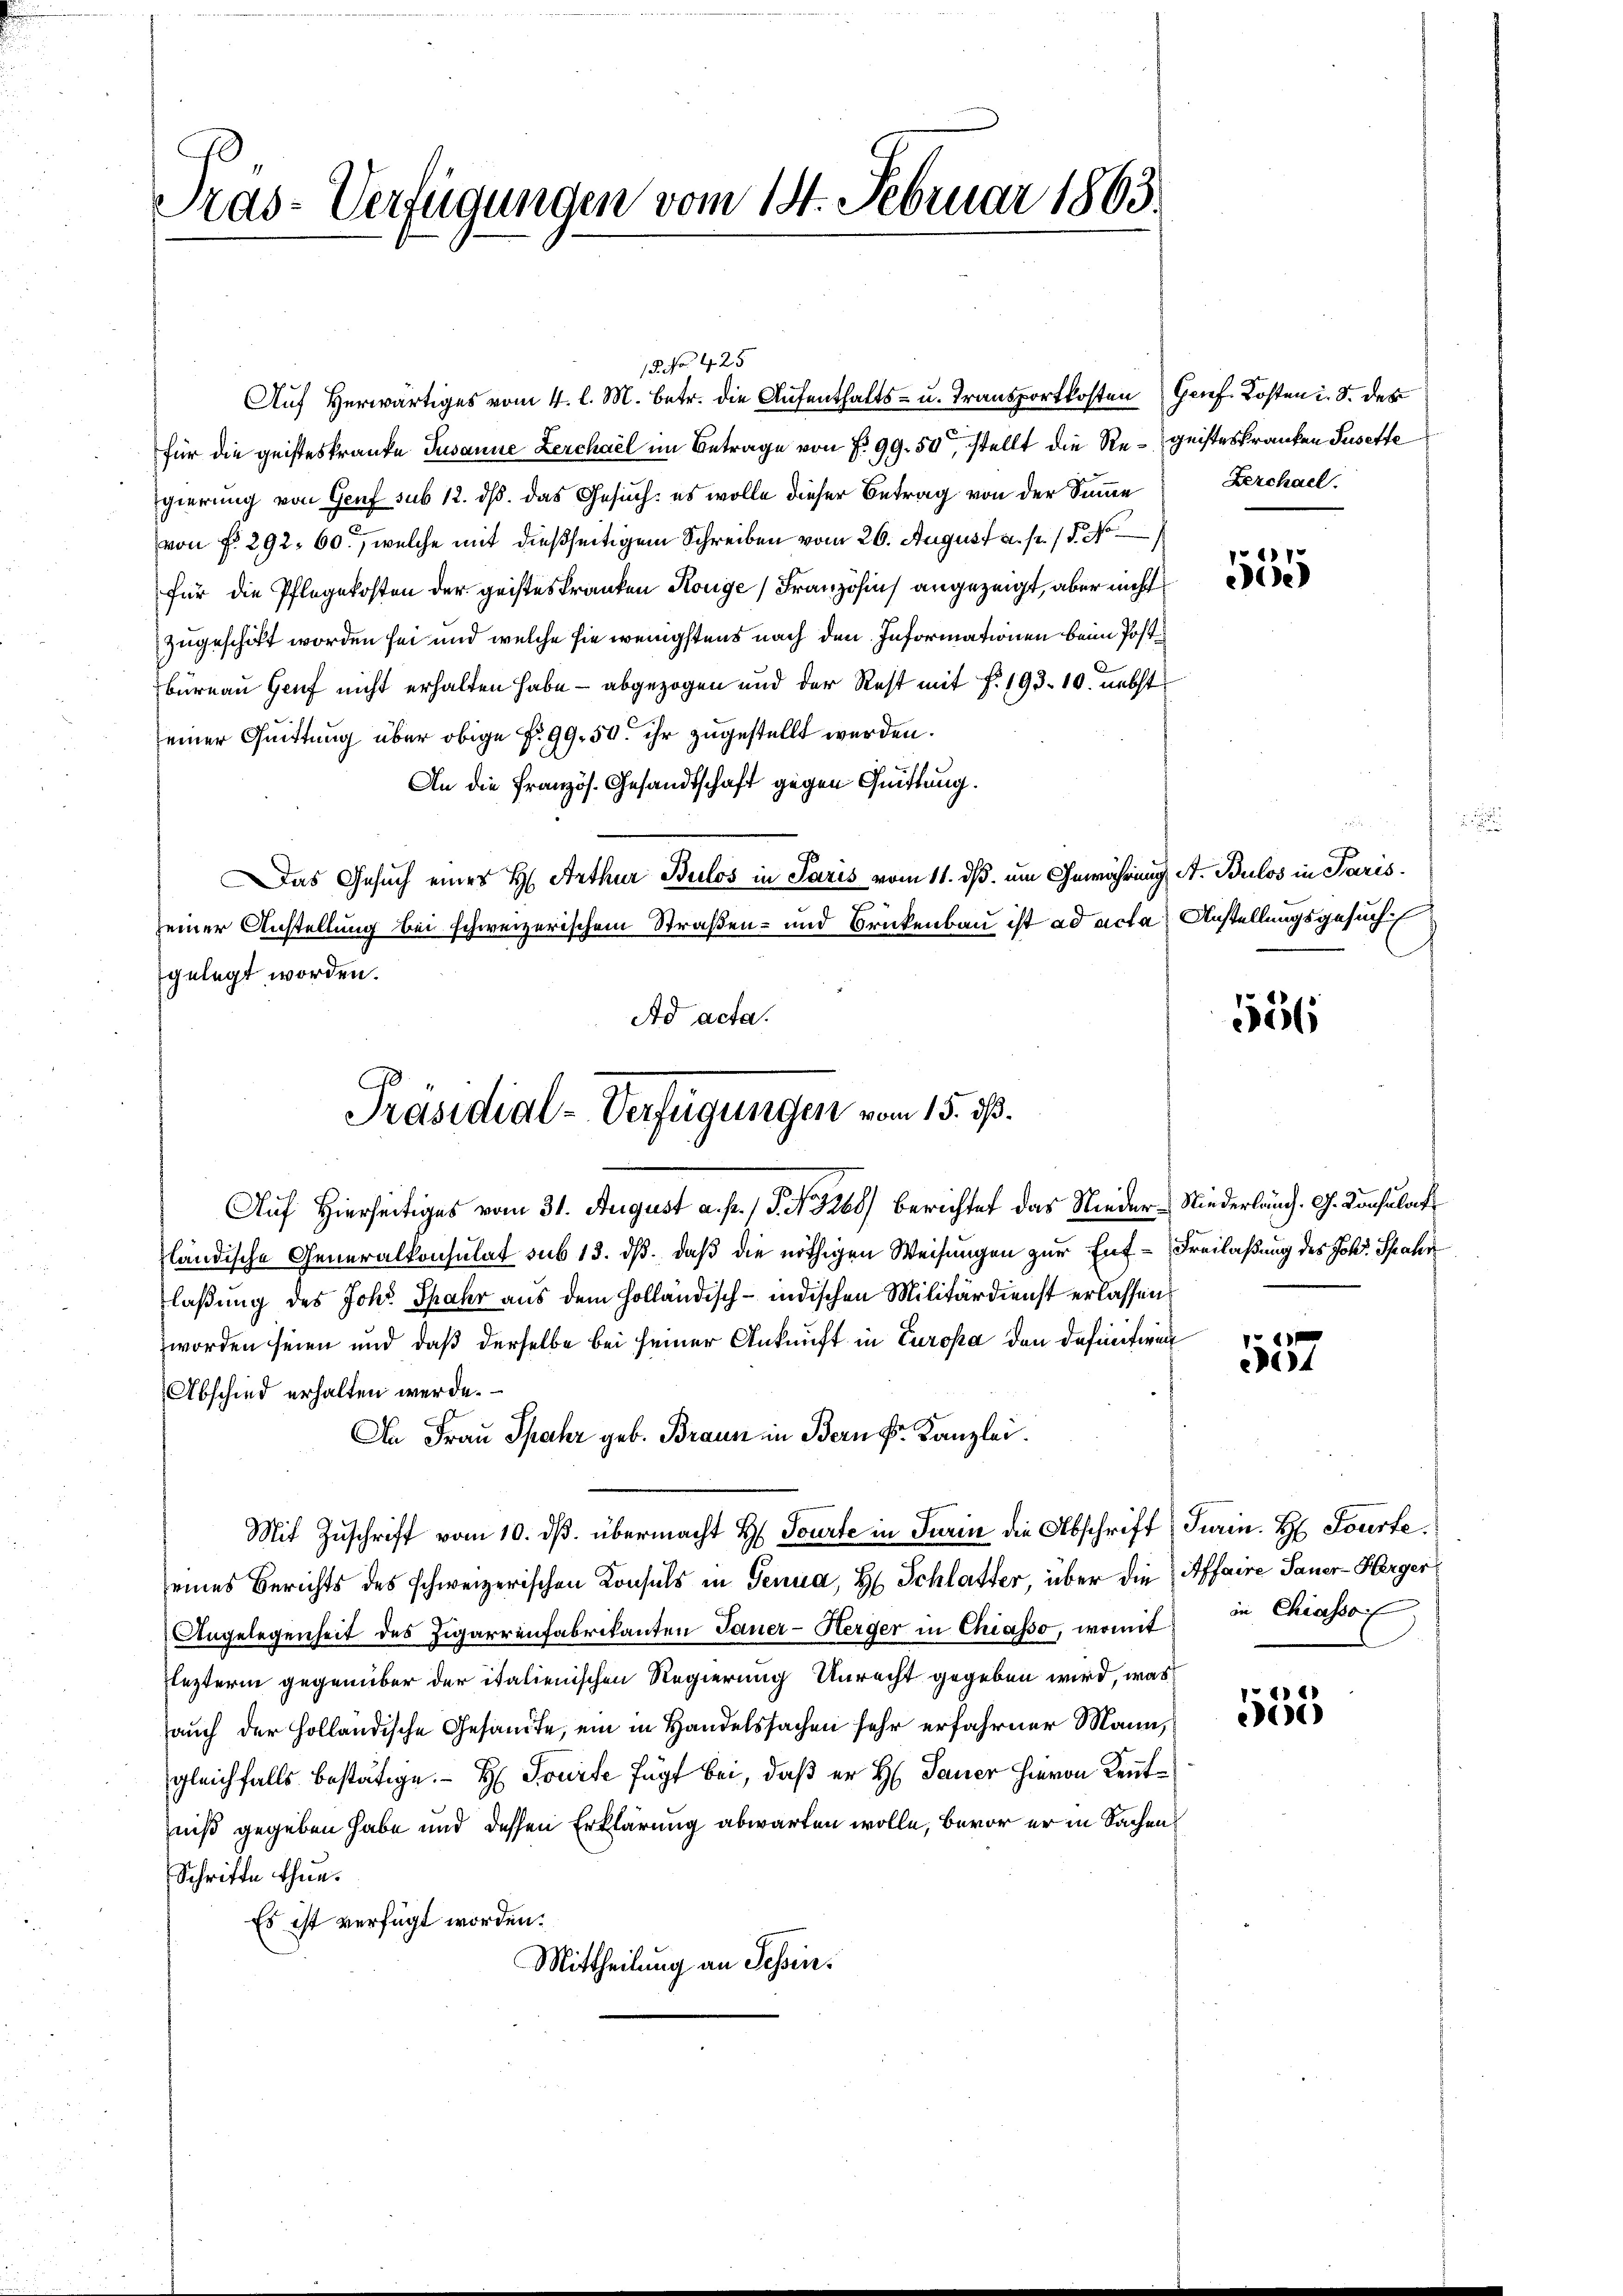
Tras-Verfügungen vom 14. Februar 1863.

18. No. 425

Auf Herwärtiges vom 4. l. M. betr. die Aufenthalts- u. Transportkosten Genf. Kosten u. S. des
für die geisteskranke Susanne Lerchael im Betrage von § 99. 50, stellt die Re-geisteskranken Susette
gierung von Genf sub 12. ds. das Gesuch: es wolle dieser Betrag von der Summe
von No. 292. 60., welche mit dießseitigem Schreiben vom 26. August a. p. 15. No
für die Pflegekosten der geisteskranken Konge) Französius angezeigt, aber nicht
zugeschikt worden sei und welche sie wenigstens nach den Informationen beim Postbureau Genf nicht erhalten habe — abgezogen und der Rest mit f. 193. 10. nebst
einer Quittung über obige P. 99. 50. ihr zugestellt werden.
An die Französ. Gesandtschaft gegen Quittung.
Das Gesuch eines H. Arthur Bulos in Paris vom 11. ds. um Gewährung A. Bulos in Paris.
7.
seiner Anstellung bei schweizerischem Straßen- und Brückenbau ist ad acta Anstellungsgesuche
gelegt worden.
Auf Hierseitiges vom 31. August a. p., S. 1266) berichtet das Nieder-Niederlang. G. Konsulat
ländische Generalkonsulat sub 13. dß, daß die nöthigen Weisungen zur Ent-Freilaßung des Joh. Spahr
laßung des Joh. Spahr aus dem Holländisch-indischen Militärdienst erlassen:
worden seien und daß derselbe bei seiner Ankunft in Europa den definitiven
Abschied erhalten werde.
In Frau Spahr geb. Braun im Bern Fr. Kanzlei.
Mit Zuschrift vom 10. dβ. übermacht H. Tourte in Turin die Abschrift Turin. H Fourte
eines Berichts des schweizerischen Konsuls in Genua, H. Schlatter, über die Affaire Sauer-Herger
Angelegenheit des Zigarrenfabrikanten Janer-Herger in Chiasso, womit in Chiasso f
Flezterm gegenüber der italienischen Regierung Unrecht gegeben wird, was
auch der Holländische Gesandte, ein in Handelssachen sehr erfahrner Mann,
gleichfalls bestätige. H. Toute fügt bei, daß er H. Tauer hievon Kenntniß gegeben habe und dessen Erklärung abwarten wolle, bevor er in Sachen¬
Schrifte thun.
Es ist verfügt worden.
Mittheilung an Schin.

Ad acta.
Präsidial-Verfügungen vom 15. ist.

Zerchael.

4
e

¬

556

157

e)